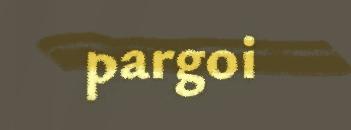
pargoi